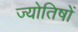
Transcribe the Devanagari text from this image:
ज्योतिषों